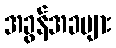
အခွန်အခများ